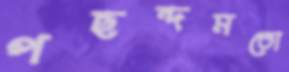
পছন্দমতো